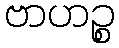
ဗာဟဉ္စ